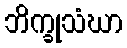
ဘိက္ခုသံဃာ